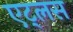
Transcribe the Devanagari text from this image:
एट्लस